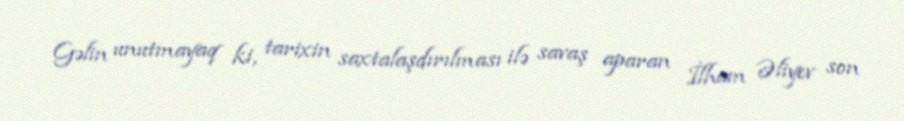
Gəlin unutmayaq ki, tarixin saxtalaşdırılması ilə savaş aparan İlham Əliyev son